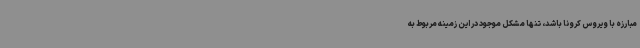
مبارزه با ویروس کرونا باشد، تنها مشکل موجود در این زمینه مربوط به